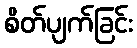
စိတ်ပျက်ခြင်း